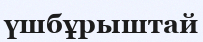
үшбұрыштай